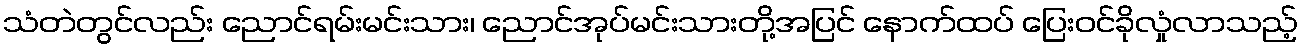
သံတဲတွင်လည်း ညောင်ရမ်းမင်းသား၊ ညောင်အုပ်မင်းသားတို့အပြင် နောက်ထပ် ပြေးဝင်ခိုလှုံလာသည့်